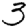
Digit: 3